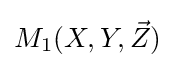
M_{1}(X,Y,{\vec {Z}})